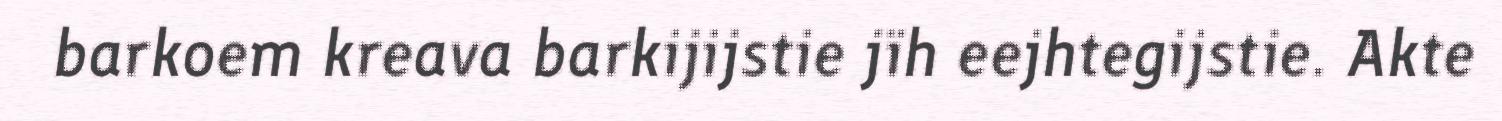
barkoem kreava barkijijstie jïh eejhtegijstie. Akte